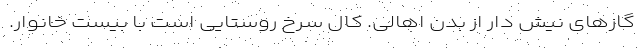
گازهای نیش دار از بدن اهالی. کال سرخ روستایی است با بیست خانوار.